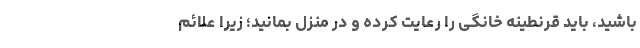
باشید، باید قرنطینه خانگی را رعایت کرده و در منزل بمانید؛ زیرا علائم